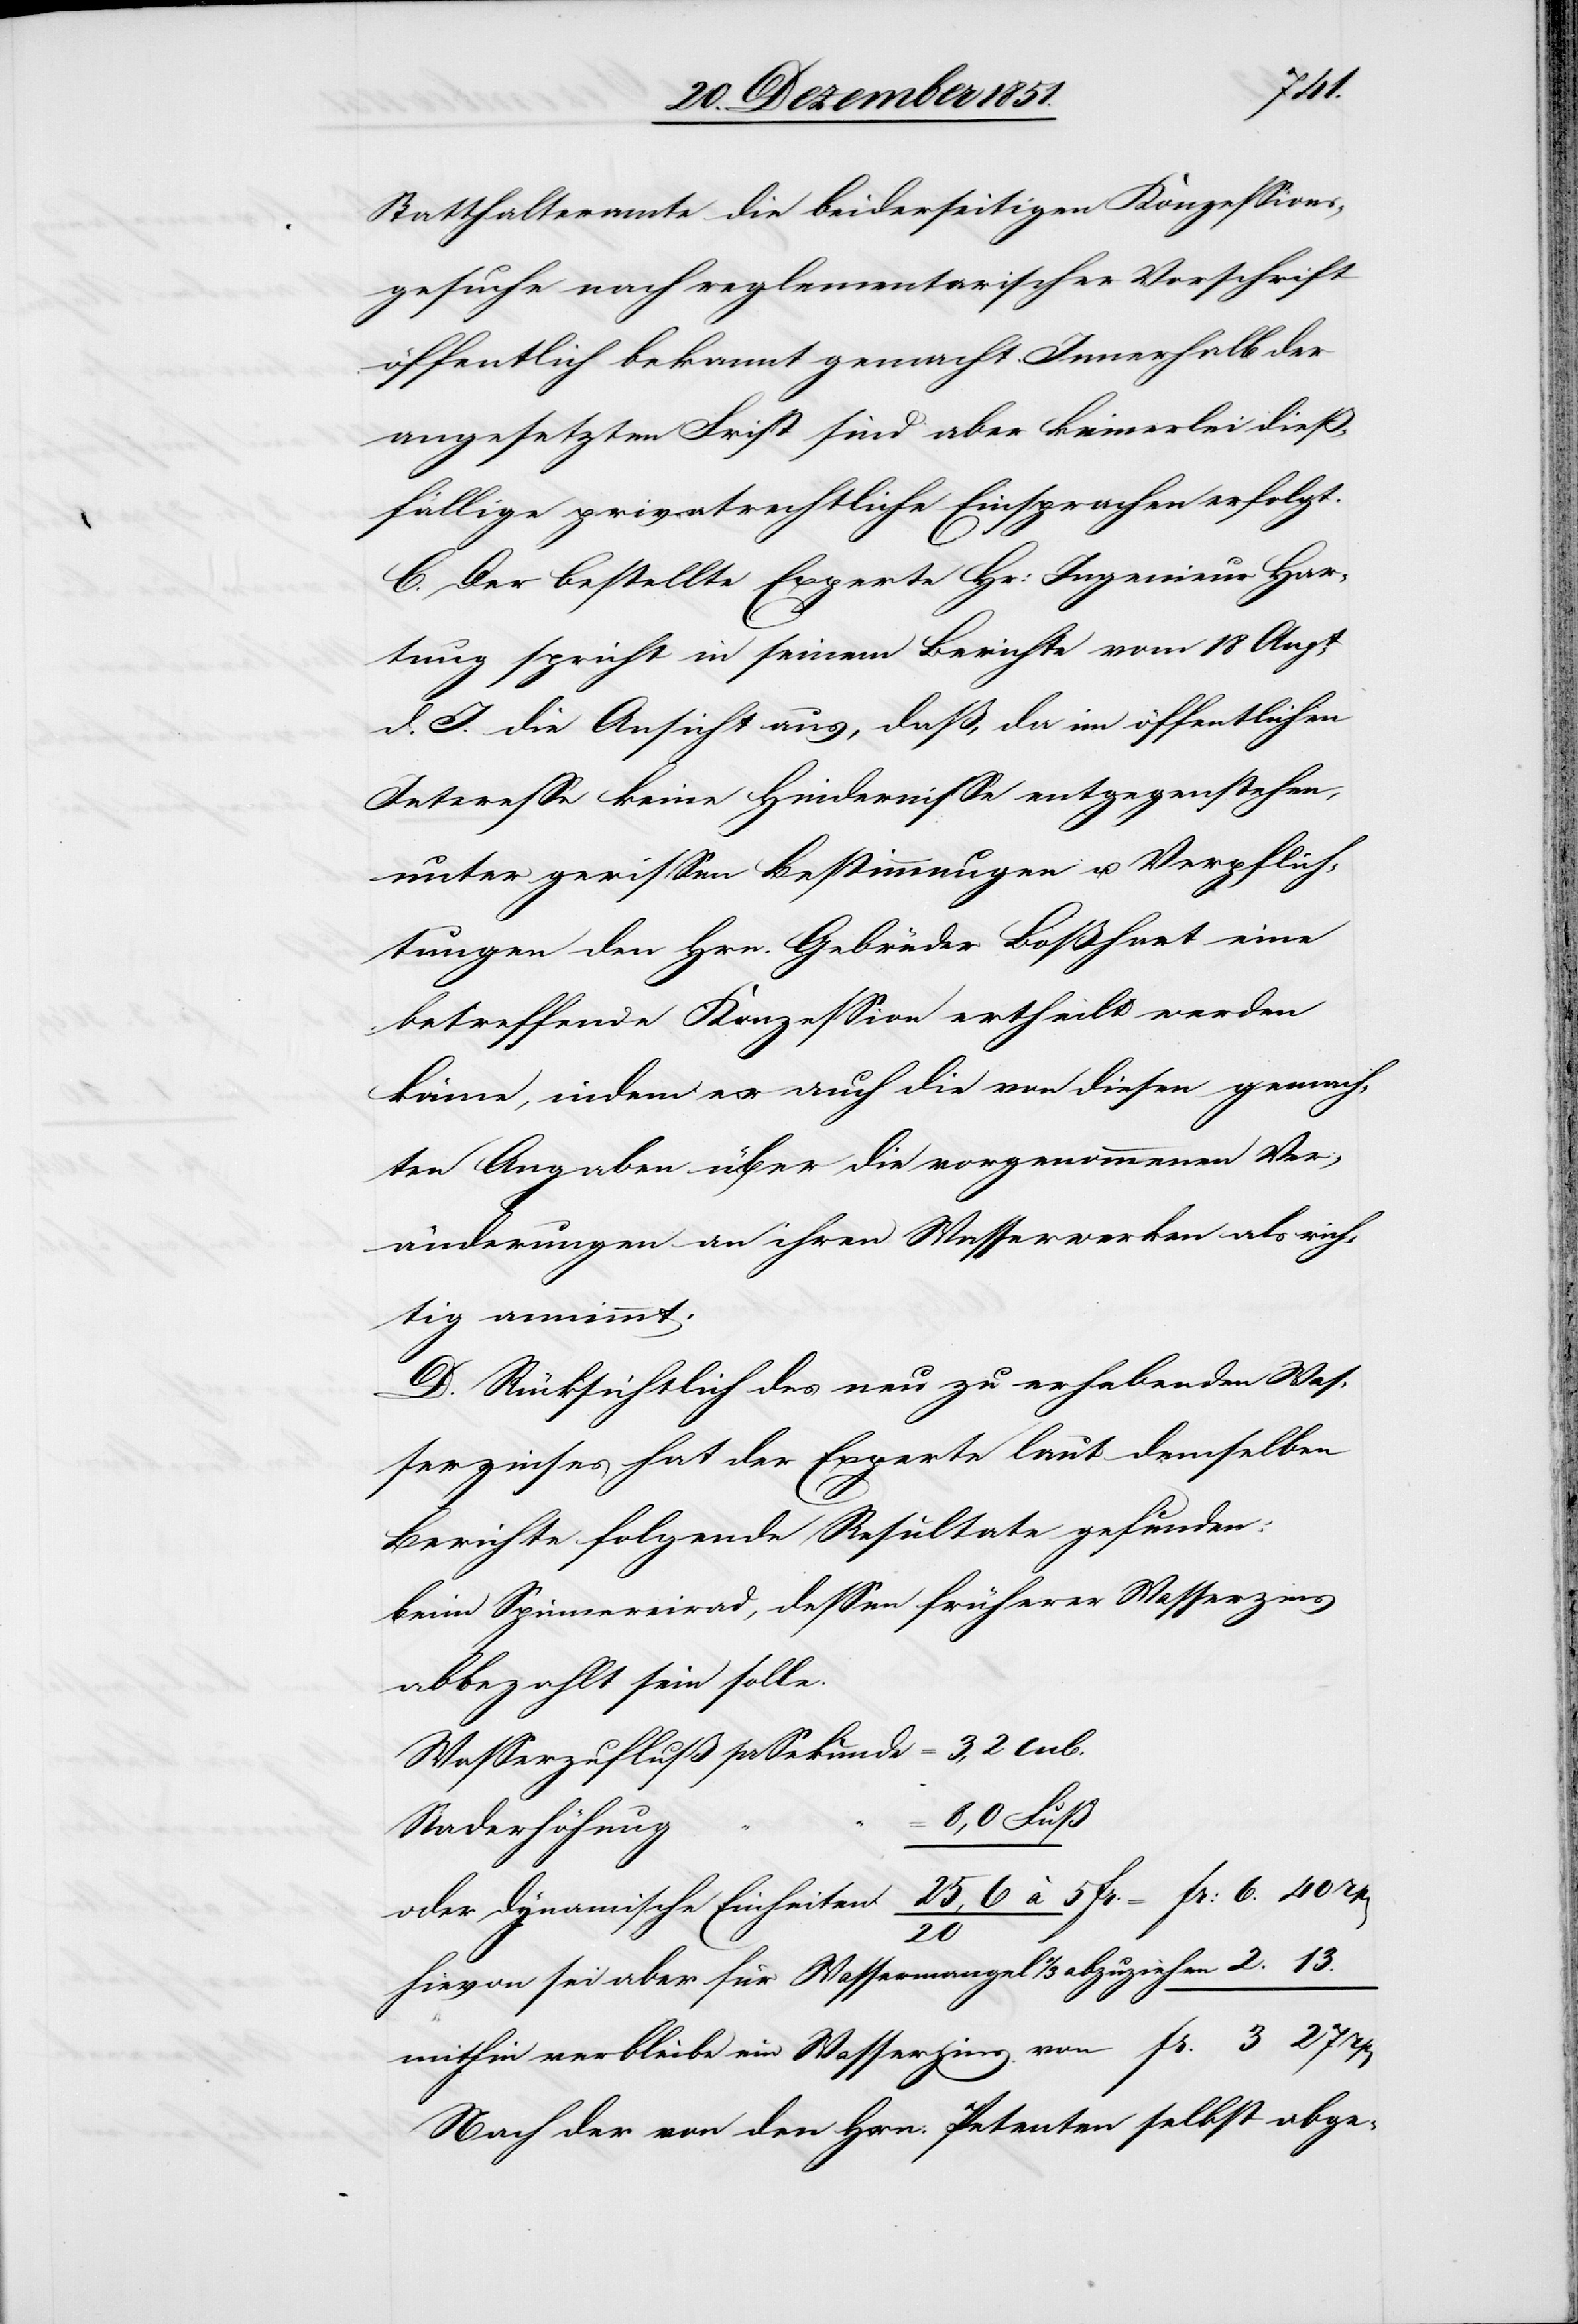
27
Statthalteramte die beiderseitigen Konzessions¬
gesuche nach reglementarischer Vorschrift
öffentlich bekannt gemacht. Innerhalb der
angesetzten Frist sind aber keinerlei dieß¬
fällige privatrechtliche Einsprachen erfolgt.
C. Der bestellte Experte Hr: Ingenieur Har¬
tung spricht in seinem Berichte vom 18 Augt.
d. J. die Ansicht aus, daß, da im öffentlichen
Interesse keine Hindernisse entgegenstehen,
unter gewissen Bestimmungen u. Verpflich¬
tungen den Hrn. Gebrüder Boßhart eine
betreffende Konzession ertheilt werden
könne, indem er auch die von diesen gemach¬
ten Angaben über die vorgenommenen Ver¬
änderungen an ihren Wasserwerken als rich¬
tig annimmt.
D. Rücksichtlich des neu zu erhebenden Was¬
serzinses hat der Experte laut demselben
Berichte folgende Resultate gefunden:
beim Spinnereirad, dessen früherer Wasserzins
abbezahlt sein solle.
3,2 cub.
Wasserzufluß pr Sekunde
8,0 Fuß
Raderhöhung
13.
hievon sei aber für Wassermangel 1/3 abzuziehen
mithin verbleibe ein Wasserzins von
Nach der von den Hrn: Petenten selbst abge-